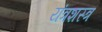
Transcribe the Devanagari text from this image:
यंत्रशस्त्र